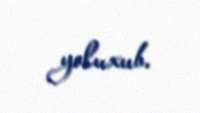
yoluxub.